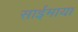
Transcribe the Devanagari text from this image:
साईमाया